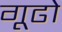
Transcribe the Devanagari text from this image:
गूढो